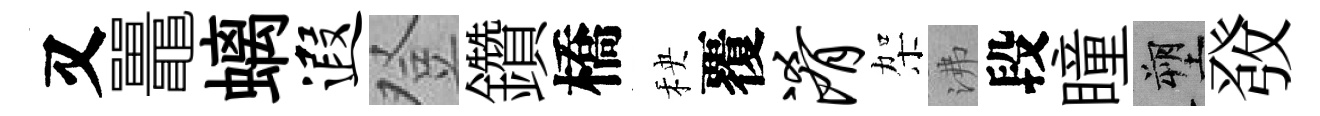
又鼉螭遐登鑽橋秧覆淆架沸段瞳塑𤼲